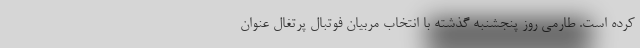
کرده است. طارمی روز پنجشنبه گذشته با انتخاب مربیان فوتبال پرتغال عنوان